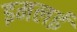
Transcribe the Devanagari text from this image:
इमलई